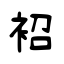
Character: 袑